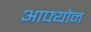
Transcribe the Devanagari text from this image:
आफ्योन